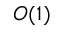
O ( 1 )